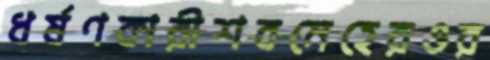
ধর্ষণকারীশবমেহেরওর